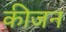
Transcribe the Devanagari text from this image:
कीजन